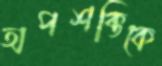
অপশক্তিকে